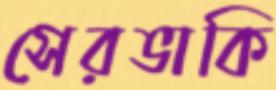
সেরভাকি